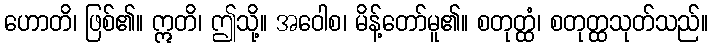
ဟောတိ၊ ဖြစ်၏။ ဣတိ၊ ဤသို့။ အဝေါစ၊ မိန့်တော်မူ၏။ စတုတ္ထံ၊ စတုတ္ထသုတ်သည်။